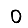
Digit: 0